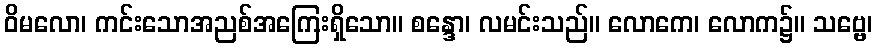
ဝိမလော၊ ကင်းသောအညစ်အကြေးရှိသော။ စန္ဒော၊ လမင်းသည်။ လောကေ၊ လောက၌။ သဗ္ဗေ၊